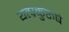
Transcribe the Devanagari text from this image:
यत्प्रकुरुषे